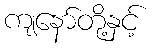
ကျနော်တို့နှင့်